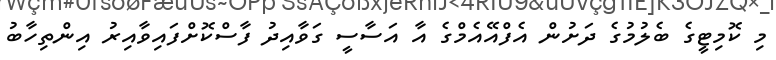
މި ކޮމިޓީގެ ބެލުމުގެ ދަށުން އެފްއޭއެމްގެ އާ އަސާސީ ގަވާއިދު ފާސްކޮށްފައިވާއިރު އިންތިހާބު